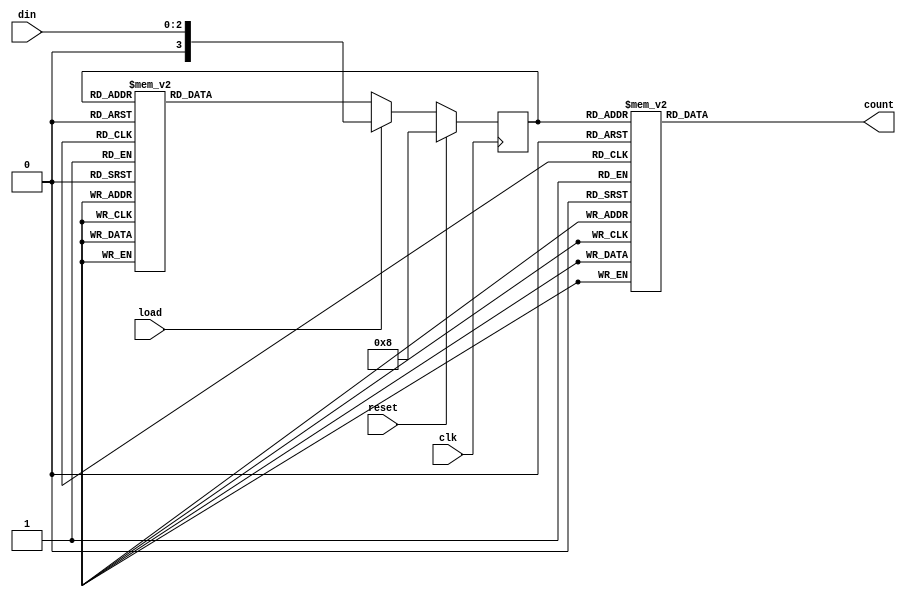
module Task3_16071005(clk,reset,load,din,count);
	input clk,reset,load;
	input [2:0]din;
	output reg[2:0]count;
	reg [3:0]state;
	always @ (posedge clk)begin
		if(reset)begin
			state <= 4'd8;
		end
		else if(load)begin
			state <= din;
		end
		else begin
			case(state)
				4'd0:state <= 4'd7;
				4'd1:state <= 4'd0;
				4'd2:state <= 4'd1;
				4'd3:state <= 4'd2;
				4'd4:state <= 4'd3;
				4'd5:state <= 4'd4;
				4'd6:state <= 4'd5;
				4'd7:state <= 4'd6;
				4'd8:state <= 4'd8;
				default:state <= 4'd8;
			endcase
		end
	end
	always @ (state)
		case(state)
			4'd0:count = 3'd0;
			4'd1:count = 3'd1;
			4'd2:count = 3'd2;
			4'd3:count = 3'd3;
			4'd4:count = 3'd4;
			4'd5:count = 3'd5;
			4'd6:count = 3'd6;
			4'd7:count = 3'd7;
			4'd8:count = 3'd0;
			default:count = 3'd0;
		endcase
endmodule